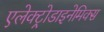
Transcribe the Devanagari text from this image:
एलेक्ट्रोडाइनेमिक्स